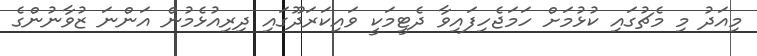
މިއަދު މި މެޗުގައި ކުޅުމަށް ހަމަޖެހިފައިވާ ދެޓީމަކީ ވައިކަރަދޫގައި ދިރިއުޅެމުން އަންނަ ޒުވާނުންގެ